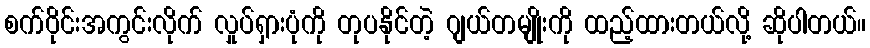
စက်ဝိုင်းအကွင်းလိုက် လှုပ်ရှားပုံကို တုပနိုင်တဲ့ ဂျယ်တမျိုးကို ထည့်ထားတယ်လို့ ဆိုပါတယ်။